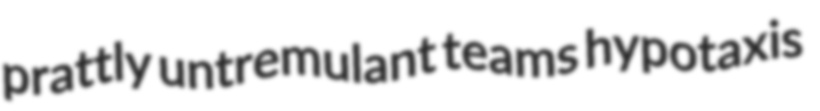
prattly untremulant teams hypotaxis